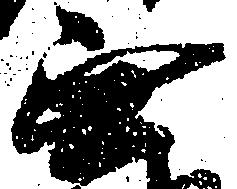
無